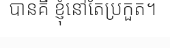
បានគឺ ខ្ញុំនៅតែប្រកួត។